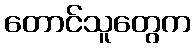
တောင်သူတွေက